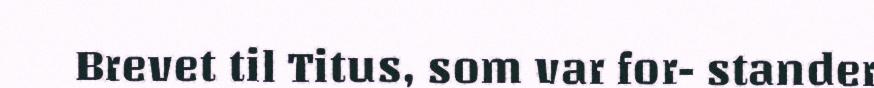
Brevet til Titus, som var for- stander